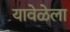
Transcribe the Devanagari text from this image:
यावेळेला